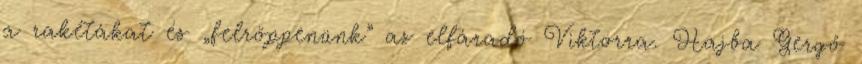
a rakétákat és „felröppenünk” az elfáradó Viktorra. Hajba Gergő